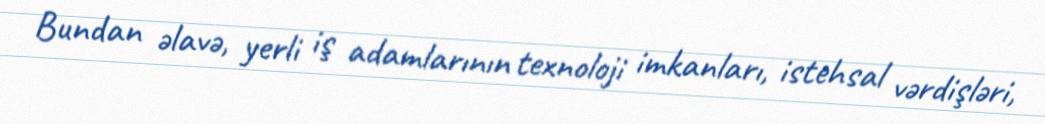
Bundan əlavə, yerli iş adamlarının texnoloji imkanları, istehsal vərdişləri,